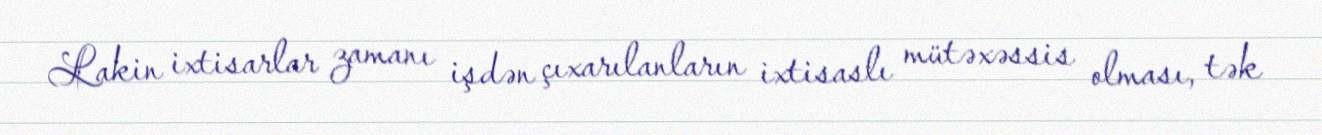
Lakin ixtisarlar zamanı işdən çıxarılanların ixtisaslı mütəxəssis olması, tək